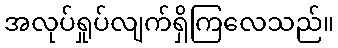
အလုပ်ရှုပ်လျက်ရှိကြလေသည်။